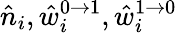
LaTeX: \hat{n}_{i},\hat{w}_{i}^{0\to 1},\hat{w}_{i}^{1\to 0}